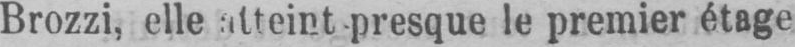
le premier étage